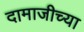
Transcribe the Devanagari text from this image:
दामाजीच्या